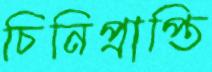
চিনিপ্রাপ্তি